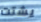
يشتت